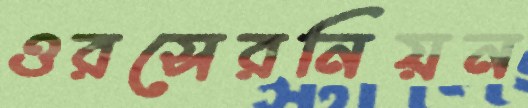
ওরসেরনিয়ন